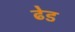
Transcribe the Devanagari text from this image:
ढेड